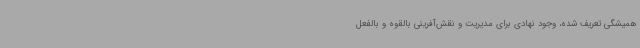
همیشگی تعریف شده، وجود نهادی برای مدیریت و نقش‌آفرینی بالقوه و بالفعل